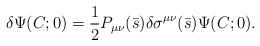
LaTeX: \begin{align*}\delta \Psi(C; 0)={1\over 2} P_{\mu\nu}(\bar s)\delta \sigma^{\mu\nu}(\bar s)\Psi(C; 0) .\end{align*}